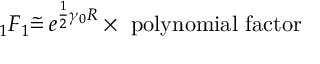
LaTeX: _ 1 F _ { 1 } \tilde { = } \, e ^ { \frac 1 2 \gamma _ { 0 } R } \times \mathrm { ~ p o l y n o m i a l ~ f a c t o r }